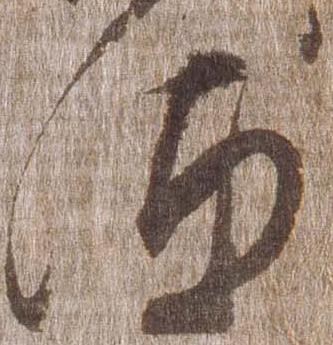
汰